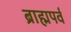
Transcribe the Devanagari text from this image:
ब्राह्मपर्व